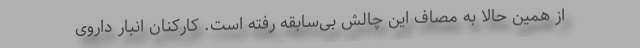
از همین حالا به مصاف این چالش بی‌سابقه رفته است. کارکنان انبار داروی